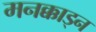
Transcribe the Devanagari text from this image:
मनक्काड्न